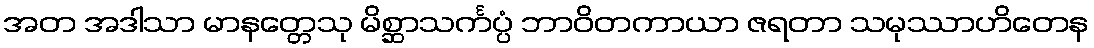
အတ အဒါသာ မာနတ္တေသု မိစ္ဆာသင်္ကပ္ပံ ဘာဝိတကာယာ ဇရတာ သမုဿာဟိတေန